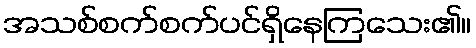
အသစ်စက်စက်ပင်ရှိနေကြသေး၏။